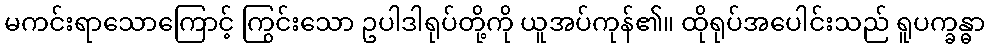
မကင်းရာသောကြောင့် ကြွင်းသော ဥပါဒါရုပ်တို့ကို ယူအပ်ကုန်၏။ ထိုရုပ်အပေါင်းသည် ရူပက္ခန္ဓာ